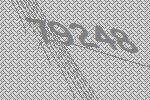
79248